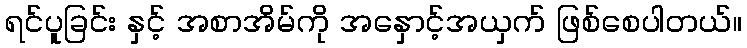
ရင်ပူခြင်း နှင့် အစာအိမ်ကို အနှောင့်အယှက် ဖြစ်စေပါတယ်။